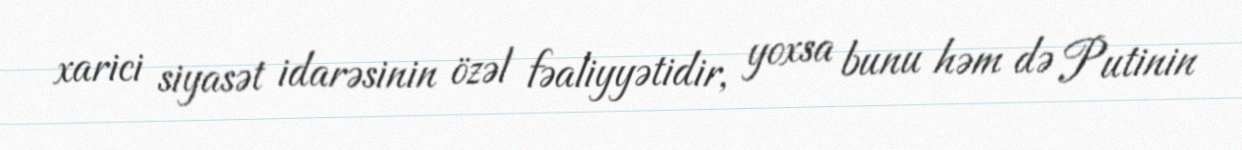
xarici siyasət idarəsinin özəl fəaliyyətidir, yoxsa bunu həm də Putinin